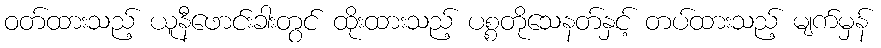
ဝတ်ထားသည့် ယူနီဖောင်းခါးတွင် ထိုးထားသည့် ပစ္စတိုသေနတ်နှင့် တပ်ထားသည့် မျက်မှန်